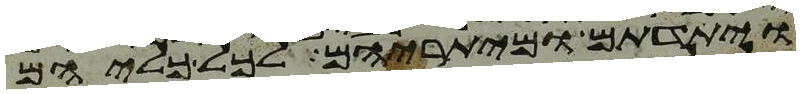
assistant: ויתדתם ומיתריהם לכל כליהם